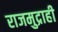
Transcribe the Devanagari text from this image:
राजमुद्राही